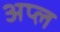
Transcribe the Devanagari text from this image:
अप्ल